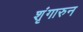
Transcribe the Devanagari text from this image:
शृंगारुन